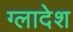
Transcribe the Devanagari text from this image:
ग्लादेश